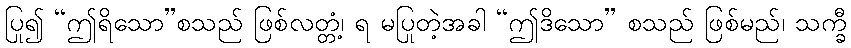
ပြု၍ “ဤရိသော”စသည် ဖြစ်လတ္တံ့၊ ရ မပြုတဲ့အခါ “ဤဒိသော” စသည် ဖြစ်မည်၊ သက္ခီ